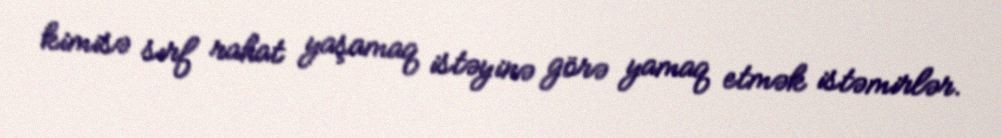
kimisə sırf rahat yaşamaq istəyinə görə yamaq etmək istəmirlər.